Scottish Certificate of Education, 1963
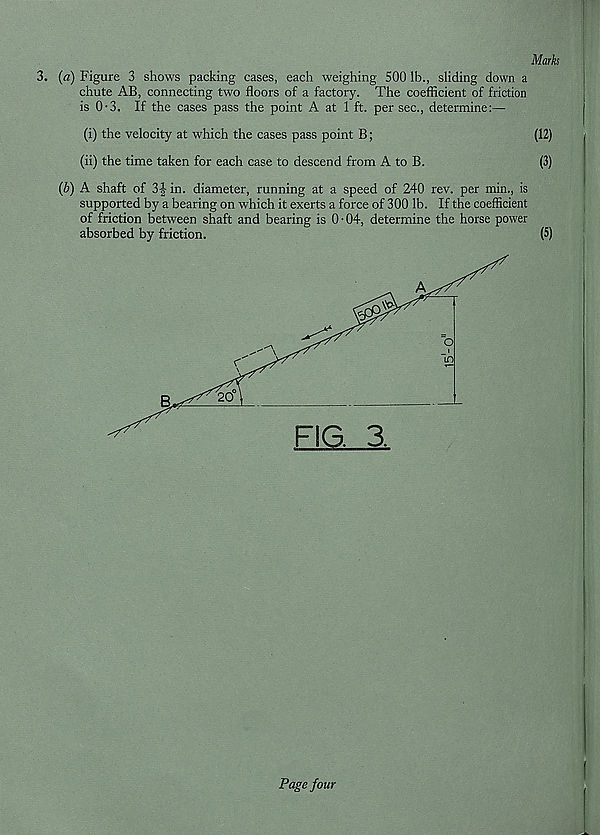
Marks
3. (a) Figure 3 shows packing cases, each weighing 500 lb., sliding down a
chute AB, connecting two floors of a factory. The coefficient of friction
is 0-3. If the cases pass the point A at 1 ft. per sec., determine:—
(i) the velocity at which the cases pass point B;
(12)
(ii) the time taken for each case to descend from A to B.
(3)
(b) A shaft of 3-| in. diameter, running at a speed of 240 rev. per min., is
supported by a bearing on which it exerts a force of 300 lb. If the coefficient
of friction between shaft and bearing is 0 • 04, determine the horse power
absorbed by friction.
(5)
Page four